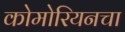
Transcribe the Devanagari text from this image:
कोमोरियनचा